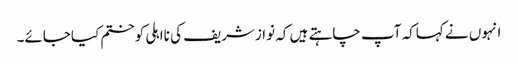
انہوں نے کہاکہ آپ چاہتے ہیں کہ نوازشریف کی نااہلی کوختم کیاجائے۔